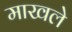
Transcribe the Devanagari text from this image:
माखले